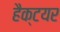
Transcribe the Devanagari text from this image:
हैक्टयर